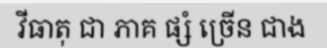
វីធាតុ ជា ភាគ ផ្សំ ច្រើន ជាង